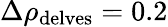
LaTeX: \Delta\rho_{\mathrm{delves}}=0.2